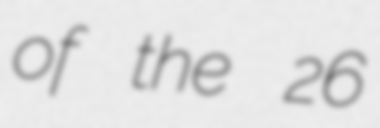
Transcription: of the 26